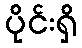
ပိုင်းရှိ